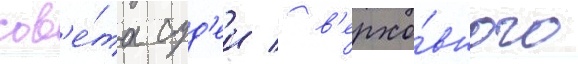
сов'е́та суд'еи / в'ерхо́вного